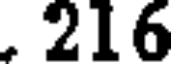
. 216